Scottish Certificate of Education, 1962
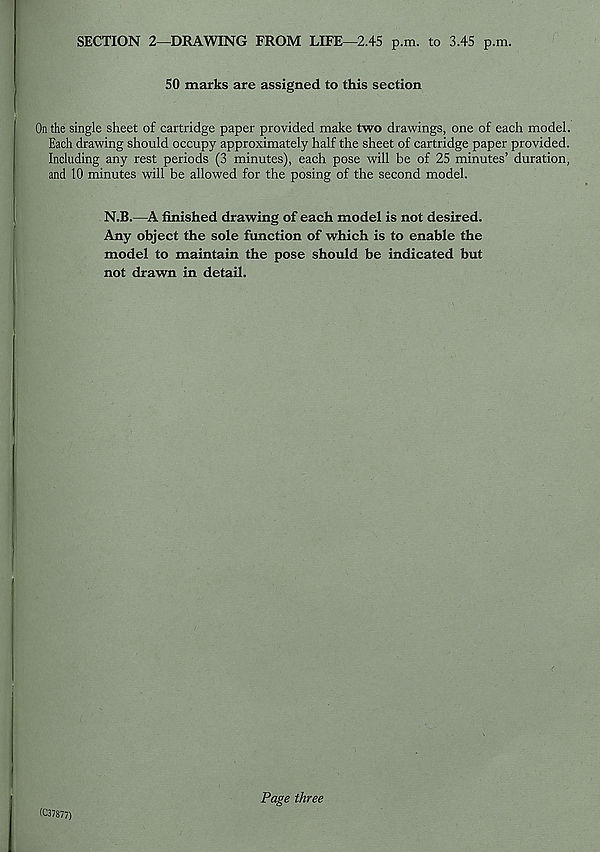
SECTION 2—DRAWING FROM LIFE—2.45 p.m. to 3.45 p.m.
50 marks are assigned to this section
On the single sheet of cartridge paper provided make two drawings, one of each model.
Each drawing should occupy approximately half the sheet of cartridge paper provided.
Including any rest periods (3 minutes), each pose will be of 25 minutes’ duration,
and 10 minutes will be allowed for the posing of the second model.
N.B.—A finished drawing of each model is not desired.
Any object the sole function of which is to enable the
model to maintain the pose should be indicated but
not drawn in detail.
I
(C37877)
Page three